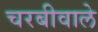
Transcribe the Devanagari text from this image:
चरबीवाले